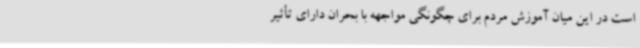
است در این میان آموزش مردم برای چگونگی مواجهه با بحران دارای تأثیر